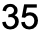
35